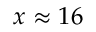
x \approx 1 6